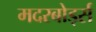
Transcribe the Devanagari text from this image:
मदरबोर्ड्स